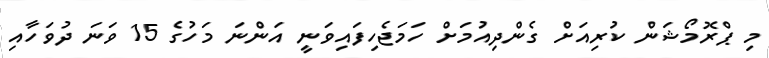
މި ޕްރޮމޯޝަން ކުރިއަށް ގެންދިއުމަށް ހަމަޖެހިފައިވަނީ އަންނަ މަހުގެ 15 ވަނަ ދުވަހާއި